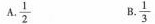
A.\frac{1}{2} B.\frac{1}{3}